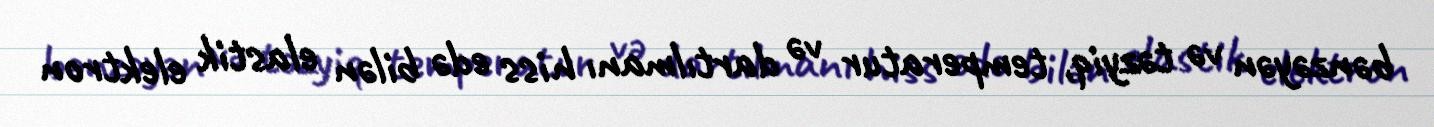
bənzəyən və təzyiq, temperatur və dartılmanı hiss edə bilən elastik elektron